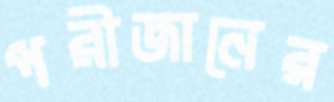
পরীজানের